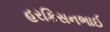
હરકિસનભાઈ